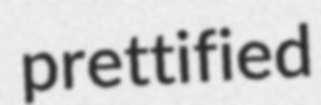
prettified